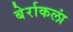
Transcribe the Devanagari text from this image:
बेर्राकलां